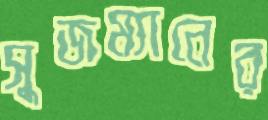
সুজম্যানের